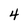
Character: 4